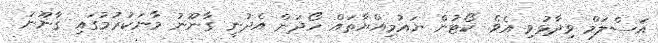
އަސްލަމް ވިދާޅުވި އެވެ. ކޯޓުން ޔައުމިއްޔާތައް ހޯދަން އެދުނީ ގާނޫނު މާނަކުރުމުގައި ގާނޫނު